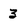
Character: 3